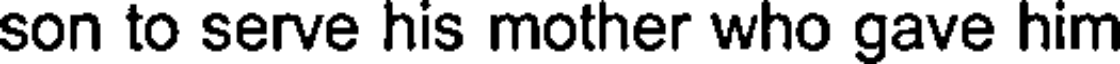
son to serve his mother who gave him